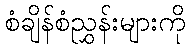
စံချိန်စံညွှန်းများကို